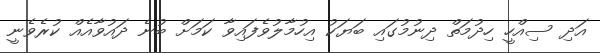
އަދި ސިއްހީ ހިދުމަތް ދިނުމުގައި ބަޔަކު އިހުމާލުވެފައިވާ ކަމަށް ބުނެ ދައުވާއެއް ކުރެވެނީ